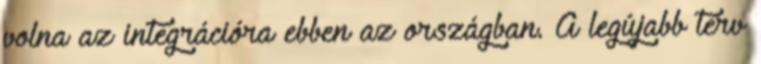
volna az integrációra ebben az országban. A legújabb terv